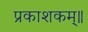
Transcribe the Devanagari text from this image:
प्रकाशकम्॥